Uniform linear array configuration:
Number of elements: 64
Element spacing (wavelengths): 0.5
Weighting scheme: cosine
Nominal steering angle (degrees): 15
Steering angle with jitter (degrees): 16.277
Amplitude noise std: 0.05
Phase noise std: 0.05

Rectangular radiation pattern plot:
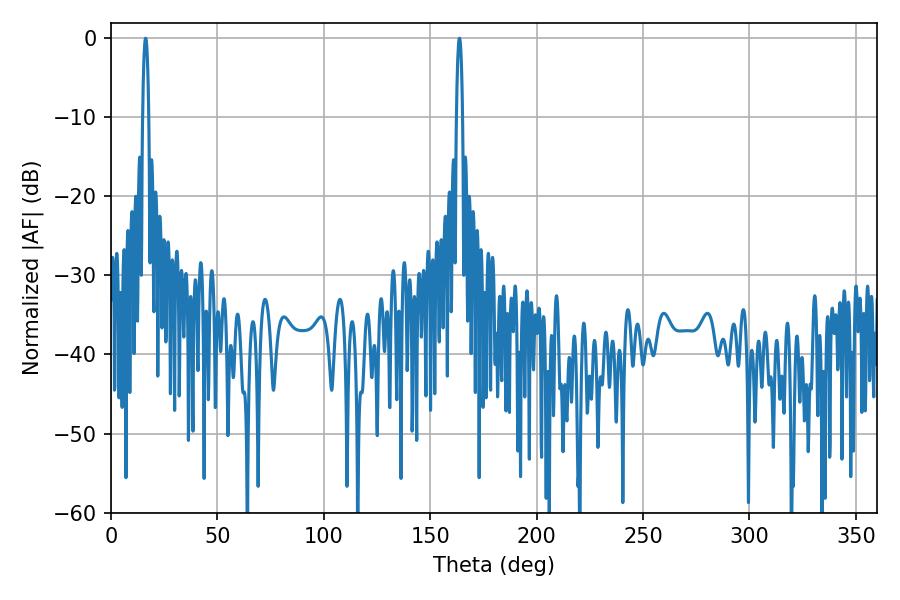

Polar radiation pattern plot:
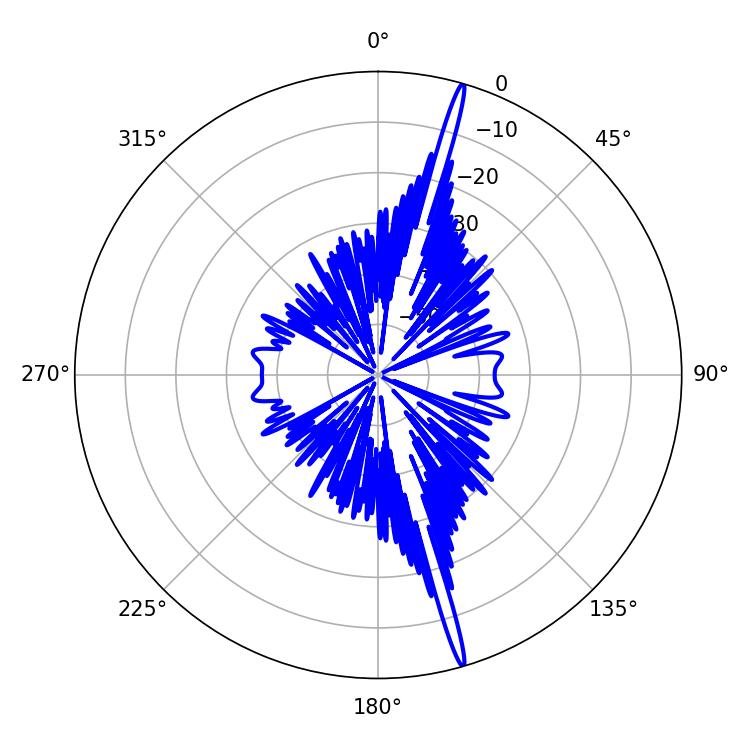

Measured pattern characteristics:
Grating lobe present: FALSE
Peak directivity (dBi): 20.336
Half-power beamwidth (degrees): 1.62
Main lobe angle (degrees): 16.2